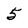
Character: 5